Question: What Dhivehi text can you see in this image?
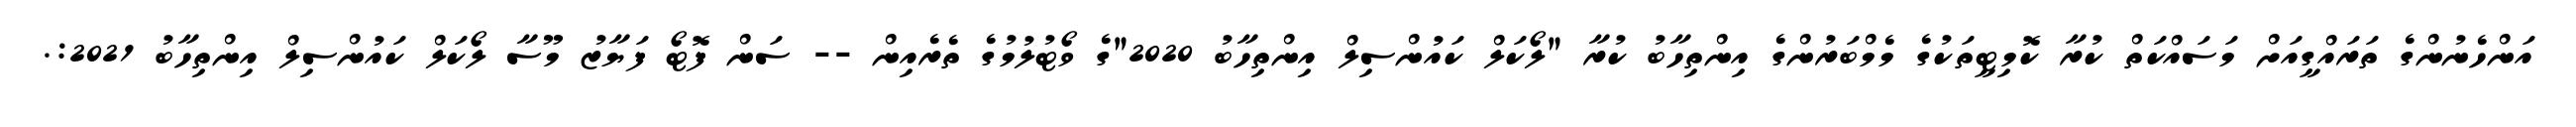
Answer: އަންހެނުންގެ ތަރައްގީއަށް މަސައްކަތް ކުރާ ކޮމިޓީތަކުގެ މެމްބަރުންގެ އިންތިހާބު ކުރާ "ލޯކަލް ކައުންސިލް އިންތިހާބު 2020"ގެ ވޯޓުލުމުގެ ތެރެއިން -- ސަން ފޮޓޯ ފަޔާޒު މޫސާ ލޯކަލް ކައުންސިލް އިންތިހާބު 2021:.